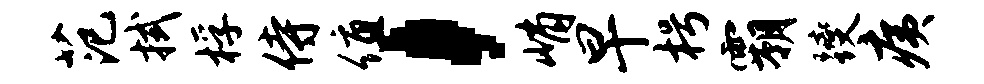
范拭桴侍值，峭早枵霸躞痍